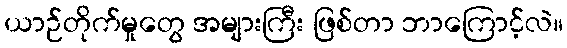
ယာဉ်တိုက်မှုတွေ အများကြီး ဖြစ်တာ ဘာကြောင့်လဲ။